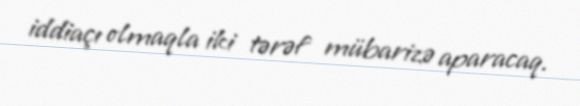
iddiaçı olmaqla iki tərəf mübarizə aparacaq.